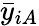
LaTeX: \bar{y}_{iA}